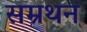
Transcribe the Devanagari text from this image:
सम्रथन